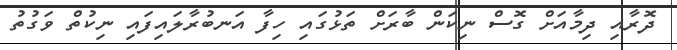
ދޮރާއި ދިމާއަށް ގޮސް ނިކަން ބާރަށް ތަޅުގައި ހިފާ އަނބުރާލައިފައި ނިކުތް ވަގުތު